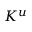
K ^ { u }